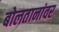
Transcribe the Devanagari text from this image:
बोलतानांवर